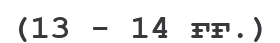
(13 - 14 ғғ.)